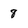
Character: 8